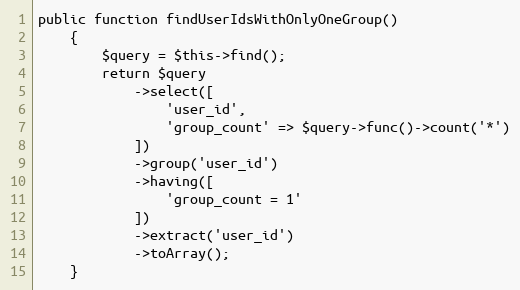
Language: PHP
public function findUserIdsWithOnlyOneGroup()
    {
        $query = $this->find();
        return $query
            ->select([
                'user_id',
                'group_count' => $query->func()->count('*')
            ])
            ->group('user_id')
            ->having([
                'group_count = 1'
            ])
            ->extract('user_id')
            ->toArray();
    }